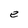
Character: e